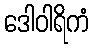
ဒေါဝါရိကံ